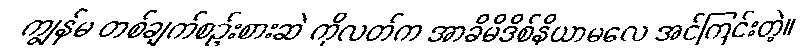
ကျွန်မ တစ်ချက်စဉ်းစားဆဲ ကိုလတ်က အာခိမိဒိစ်နိယာမလေ အင်ကြင်းတဲ့။